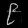
Digit: ၉